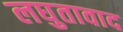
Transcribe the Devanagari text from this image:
लघुतावाद